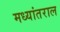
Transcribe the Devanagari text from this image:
मध्यांतराल